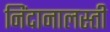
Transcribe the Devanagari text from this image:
निंदानालस्ती